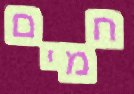
חמים